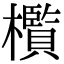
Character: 㰓